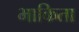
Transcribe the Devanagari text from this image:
भाकिता